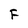
Character: F